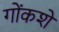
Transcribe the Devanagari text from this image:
गोंकशे